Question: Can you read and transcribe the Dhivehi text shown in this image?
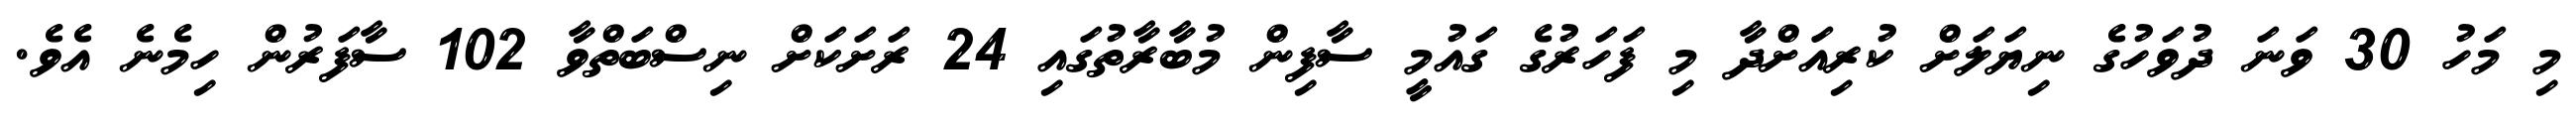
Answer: މި މަހު 30 ވަނަ ދުވަހުގެ ނިޔަލަށް ކުރިއަށްދާ މި ފަހަރުގެ ގައުމީ ސާފިން މުބާރާތުގައި 24 ރަށަކަށް ނިސްބަތްވާ 102 ސާފަރުން ހިމެނެ އެވެ.